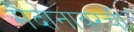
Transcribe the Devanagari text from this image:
मैदानावरची